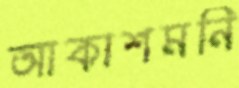
আকাশমনি